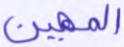
المهين